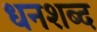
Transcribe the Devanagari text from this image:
धनशब्द